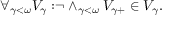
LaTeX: \forall _ { \gamma < \omega } { V _ { \gamma } : } \neg \land _ { \gamma < \omega } { V _ { \gamma + } \in V _ { \gamma } } .